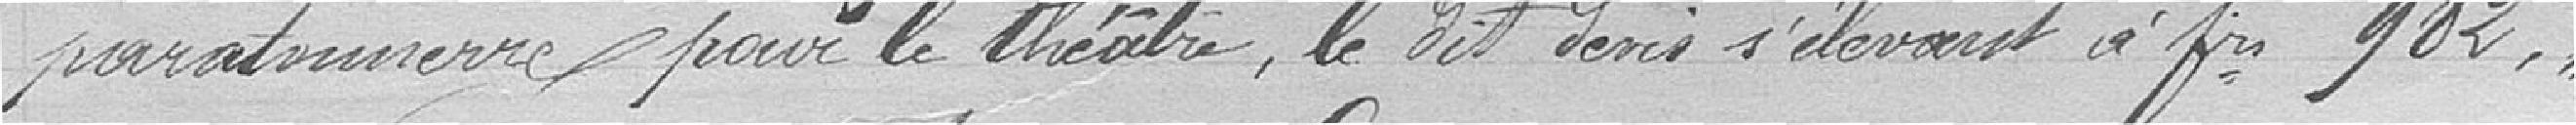
paratonnerre pour le théâtre, le dit devis s'élevant à frs 982,